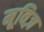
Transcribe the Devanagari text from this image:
मूविज़